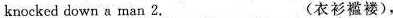
knocked down a man 2.___(衣衫褴褛),